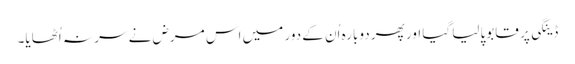
ڈینگی پر قابوپالیا گیا اور پھر دوبارہ اُن کے دور میں اس مرض نے سر نہ اُٹھایا۔